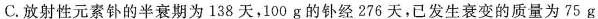
C.放射性元素钋的半衰期为138天，100g的钋经276天，已发生衰变的质量为75g